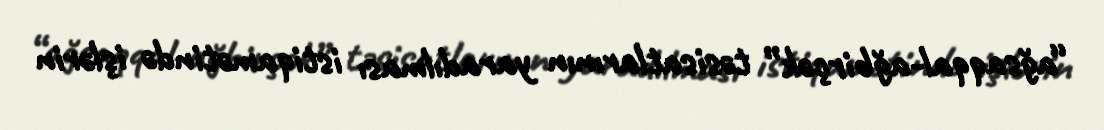
“ağsaqqal-ağbirçək” təsisatlarının yaradılması istiqamətində işlərin